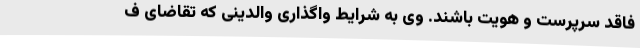
فاقد سرپرست و هویت باشند. وی به شرایط واگذاری والدینی که تقاضای ف